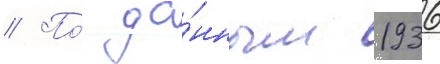
// По́ да́нным 1936